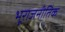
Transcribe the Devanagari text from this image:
भूराजनीतिक